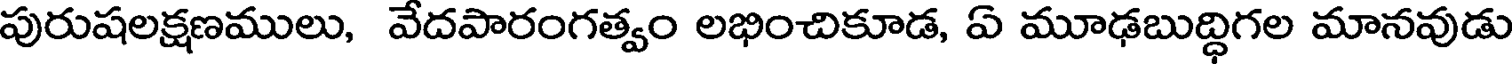
పురుషలక్షణములు, వేదపారంగత్వం లభించికూడ, ఏ మూఢబుద్ధిగల మానవుడు